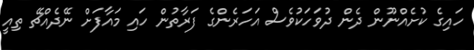
ހައިގެ ކުށެއްނޫން ދެން ދުވަހަކުވެސް އަހަރެންގެ ފަރާތުން ހައި މައާފަށް ނޭދެއްޗޭ ތިއީ